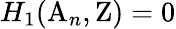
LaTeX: H_{1}(\mathrm{A}_{n},\mathrm{Z})=0